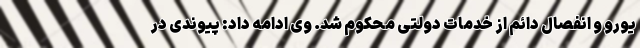
یورو و انفصال دائم از خدمات دولتی محکوم شد. وی ادامه داد: پیوندی در